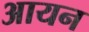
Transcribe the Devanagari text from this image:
अायन